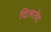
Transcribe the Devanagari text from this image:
दिलातेद